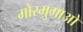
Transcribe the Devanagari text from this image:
मोरमुगाओ